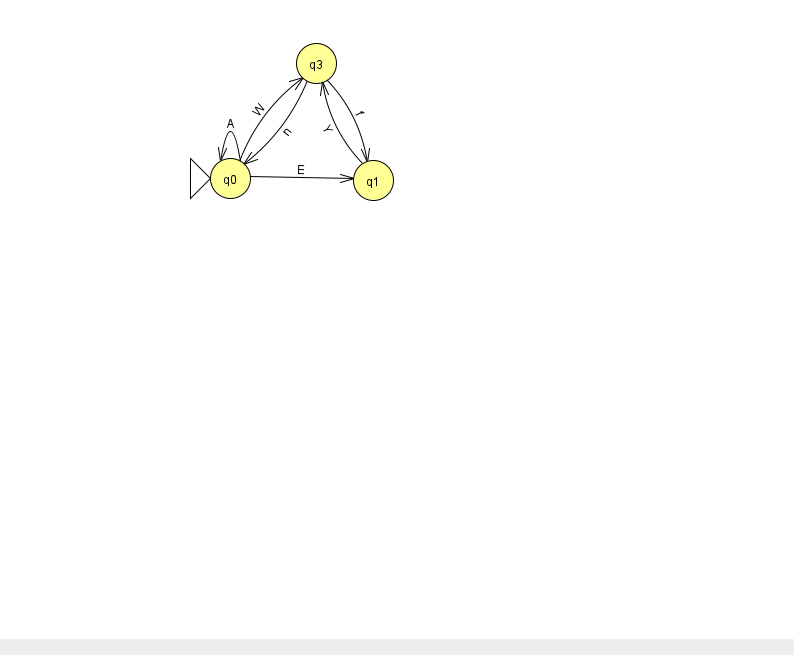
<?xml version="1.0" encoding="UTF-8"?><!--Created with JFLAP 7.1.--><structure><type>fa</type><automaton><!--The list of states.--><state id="0" name="q0"><x>230.0</x><y>165.0</y><initial/></state><state id="1" name="q1"><x>373.0</x><y>167.0</y></state><state id="3" name="q3"><x>316.0</x><y>50.0</y></state><!--The list of transitions.--><transition><from>0</from><to>0</to><read>A</read></transition><transition><from>0</from><to>3</to><read>W</read></transition><transition><from>3</from><to>1</to><read>f</read></transition><transition><from>0</from><to>1</to><read>E</read></transition><transition><from>3</from><to>0</to><read>n</read></transition><transition><from>1</from><to>3</to><read>Y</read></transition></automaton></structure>